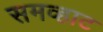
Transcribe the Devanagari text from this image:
समव्हाट